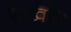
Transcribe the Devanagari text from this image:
सखार